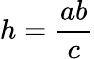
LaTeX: \displaystyle h={\frac{ab}{c}}